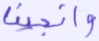
وأنجينا